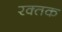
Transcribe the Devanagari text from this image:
रक्‍तक